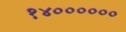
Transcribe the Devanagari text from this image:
१४००००००